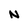
Character: N